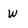
Character: W